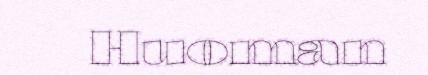
Huoman